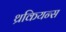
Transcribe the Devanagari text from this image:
थ्रकियन्स